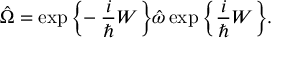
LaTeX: \hat { \Omega } = \exp \bigg \{ \! \! - \frac { i } { \hbar } { \cal W } \bigg \} \hat { \omega } \exp \bigg \{ \frac { i } { \hbar } { \cal W } \bigg \} .